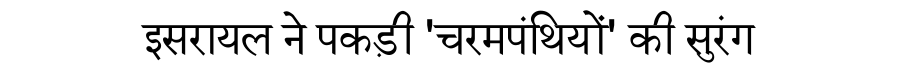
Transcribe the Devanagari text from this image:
इसरायल ने पकड़ी 'चरमपंथियों' की सुरंग